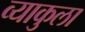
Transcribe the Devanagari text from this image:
व्याकुला